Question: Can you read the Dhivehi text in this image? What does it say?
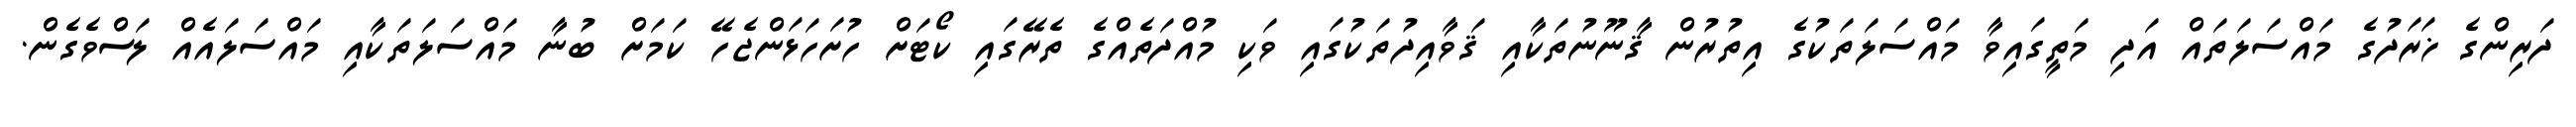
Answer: ދަރިންގެ ޚަރަދުގެ މައްސަލަތައް އަދި މަތީގައިވާ މައްސަލަތަކުގެ އިތުރުން ޤާނޫނުތަކާއި ޤަވާއިދުތަކުގައި ވަކި މުއްދަތެއްގެ ތެރޭގައި ކޯޓަށް ހުށަހަޅަންޖެހޭ ކަމަށް ބުނާ މައްސަލަތަކާއި މައްސަލައެއް ލަސްވެގެން.